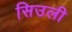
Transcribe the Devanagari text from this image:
सिउली